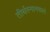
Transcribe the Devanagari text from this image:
तीर्थस्नानफलं